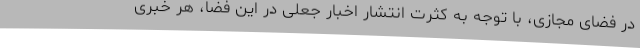
در فضای مجازی، با توجه به کثرت انتشار اخبار جعلی در این فضا، هر خبری